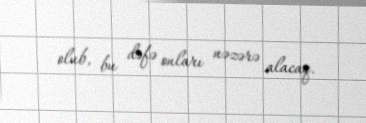
olub, bu dəfə onları nəzərə alacaq.